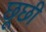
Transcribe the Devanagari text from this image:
छूछी